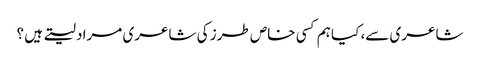
شاعری سے، کیا ہم کسی خاص طرز کی شاعری مراد لیتے ہیں ؟